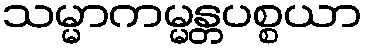
သမ္မာကမ္မန္တပစ္စယာ